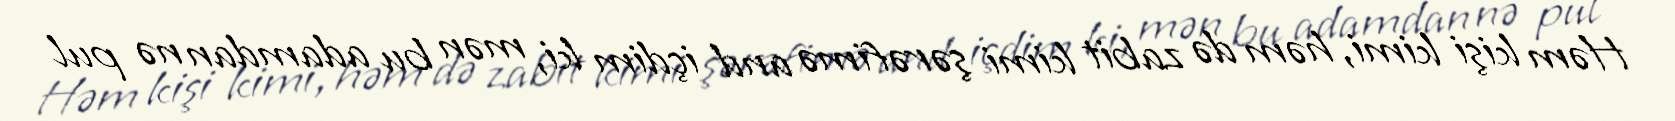
Həm kişi kimi, həm də zabit kimi şərəfimə and içdim ki, mən bu adamdan nə pul